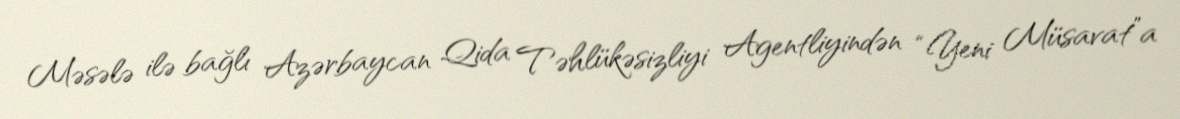
Məsələ ilə bağlı Azərbaycan Qida Təhlükəsizliyi Agentliyindən “Yeni Müsavat”a